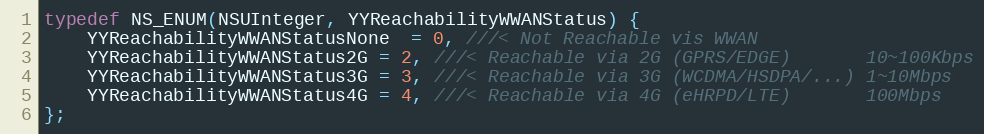
Language: C
typedef NS_ENUM(NSUInteger, YYReachabilityWWANStatus) {
    YYReachabilityWWANStatusNone  = 0, ///< Not Reachable vis WWAN
    YYReachabilityWWANStatus2G = 2, ///< Reachable via 2G (GPRS/EDGE)       10~100Kbps
    YYReachabilityWWANStatus3G = 3, ///< Reachable via 3G (WCDMA/HSDPA/...) 1~10Mbps
    YYReachabilityWWANStatus4G = 4, ///< Reachable via 4G (eHRPD/LTE)       100Mbps
};